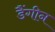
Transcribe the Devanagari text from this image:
डैंगीन